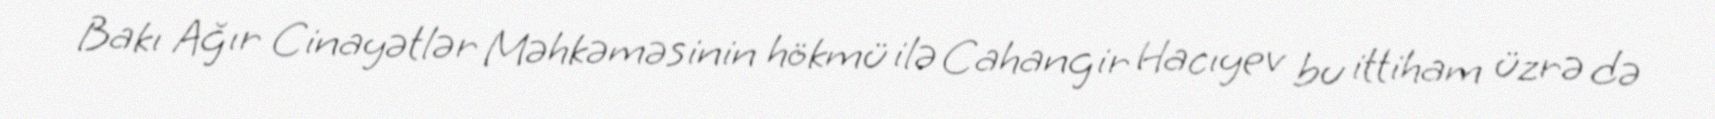
Bakı Ağır Cinayətlər Məhkəməsinin hökmü ilə Cahangir Hacıyev bu ittiham üzrə də